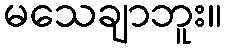
မသေချာဘူး။